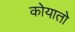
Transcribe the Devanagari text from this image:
कोयातो